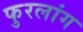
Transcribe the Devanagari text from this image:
फुरलांग